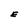
Character: E